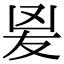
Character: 𭆫